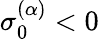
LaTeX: \sigma_{0}^{(\alpha)}<0